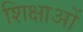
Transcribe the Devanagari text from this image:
शिक्षाआें